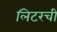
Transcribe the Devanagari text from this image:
लिटरची